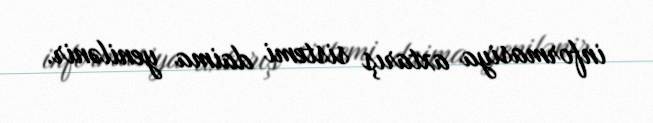
informasiya axtarış sistemi daima yenilənir.